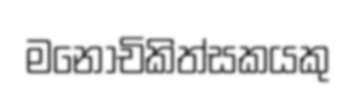
මනෝචිකිත්සකයකු